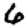
Digit: 6